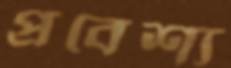
প্রবেশ্য